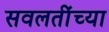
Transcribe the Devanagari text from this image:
सवलतींच्या